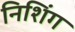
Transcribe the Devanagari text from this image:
निशिंग